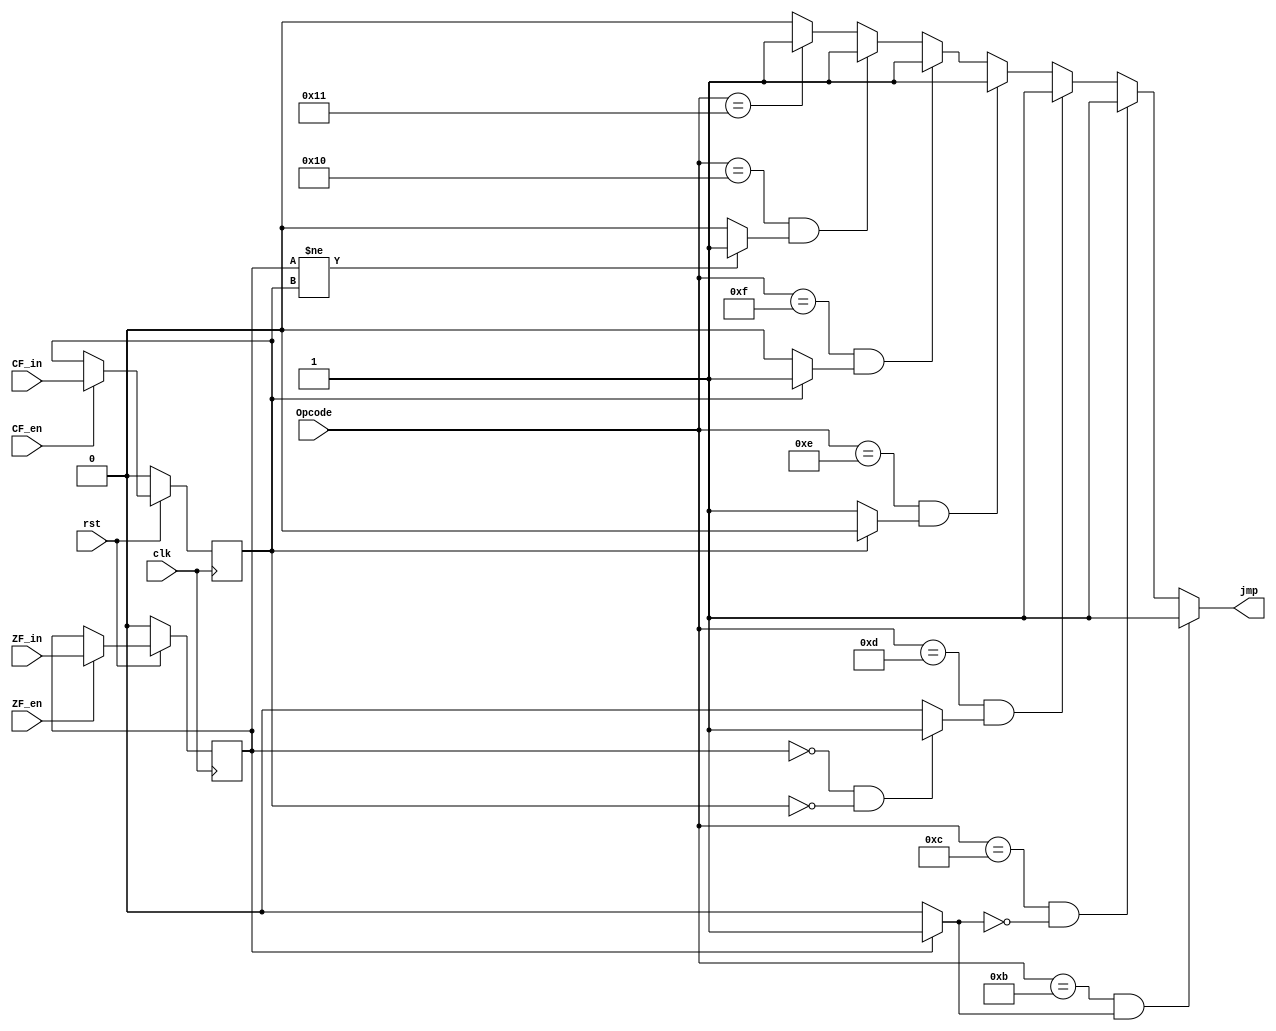
`timescale 1ns / 1ps
//////////////////////////////////////////////////////////////////////////////////
// Company: 
// Engineer: 
// 
// Design Name: 
// Module Name: psw
// Project Name: 
// Target Devices: 
// Tool Versions: 
// Description: 
// 
// Dependencies: 
// 
// Revision:
// Revision 0.01 - File Created
// Additional Comments:
// 
//////////////////////////////////////////////////////////////////////////////////


module psw(
    input clk,
    input rst,
    input CF_en,
    input ZF_en,
    input CF_in,
    input ZF_in,
    input [4:0] Opcode,
    output reg jmp
    );
    
    reg ZF;
    reg CF;
    reg EQ;
    reg NE;
    reg HI;
    reg HS;
    reg LO;
    reg LS;
    
    initial
    begin
    jmp = 0;
    ZF = 0;
    CF = 0;
    EQ = 0;
    NE = 0;
    HI = 0;
    HS = 0;
    LO = 0;
    LS = 0;
    end
    
    always @(ZF, CF)
    begin
        if(ZF == 1) EQ = 1;
        else EQ = 0;
        NE = ~EQ;
        if(ZF == 0 && CF == 0) HI = 1;
        else HI = 0;
        if(CF == 0)HS = 1;
        else HS = 0;
        if(CF == 1)LO = 1;
        else LO = 0;
        if(ZF != CF)LS = 1;
        else LS = 0;
    end
//    assign EQ = (ZF == 1)?1:0;
//    assign NE = ~EQ;
//    assign HI = (ZF == 0 && CF == 0)?1:0;
//    assign HS = (CF == 0)?1:0;
//    assign LO = (CF == 1)?1:0;
//    assign LS = (ZF != CF)?1:0;
   
    //-- 
    always @(ZF, CF ,Opcode, clk, EQ)
    begin
    if (Opcode == 5'b01011 && EQ == 1) jmp = 1;
    else if (Opcode == 5'b01100 && NE == 1 ) jmp = 1;
    else if (Opcode == 5'b01101 && HI == 1) jmp = 1;
    else if (Opcode == 5'b01110 && HS == 1) jmp = 1;
    else if (Opcode == 5'b01111 && LO == 1) jmp = 1;
    else if (Opcode == 5'b10000 && LS == 1) jmp = 1;
    else if (Opcode == 5'b10001)jmp = 1;
    else jmp = 0;
    end
    
    //-- 
    always @(posedge clk)
    begin
        if (rst == 0) 
        begin
            ZF = 0;
            CF = 0;
        end
        else
        begin
            if (CF_en == 1) CF = CF_in;
            if (ZF_en == 1) ZF = ZF_in;
        end
    end
endmodule